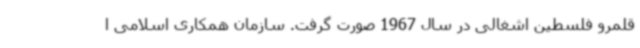
قلمرو فلسطین اشغالی در سال 1967 صورت گرفت. سازمان همکاری اسلامی ا